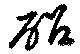
砧